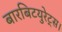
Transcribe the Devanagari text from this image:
बारबिटयुरेट्स।